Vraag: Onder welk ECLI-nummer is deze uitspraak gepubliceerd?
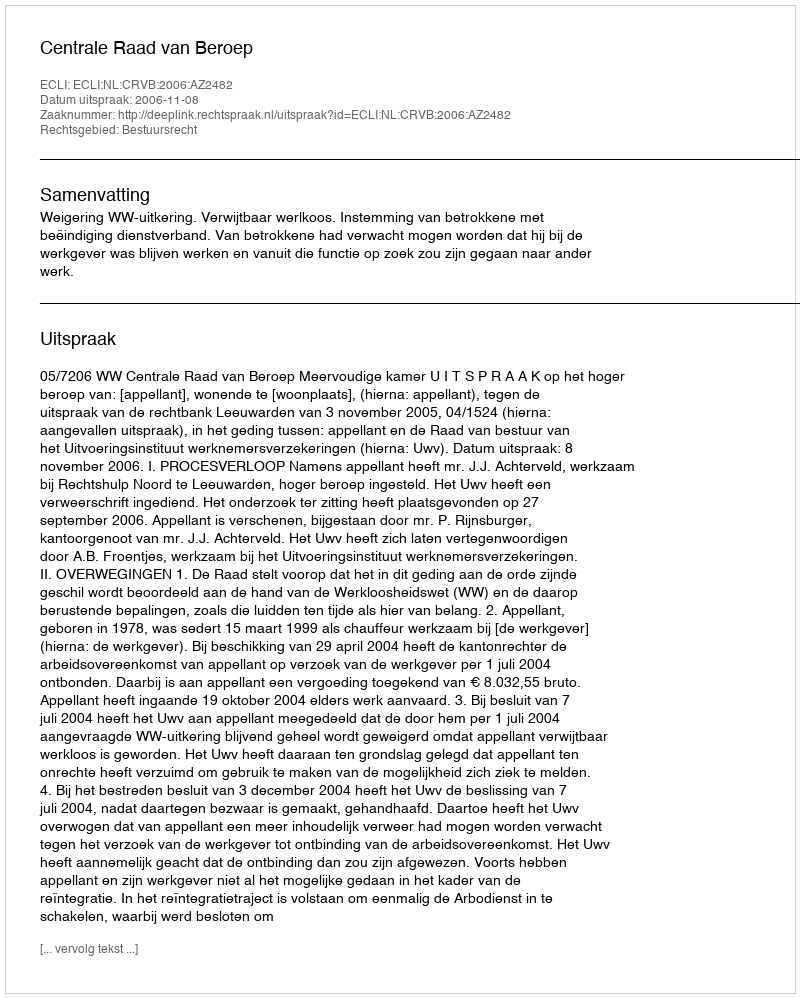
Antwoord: ECLI:NL:CRVB:2006:AZ2482